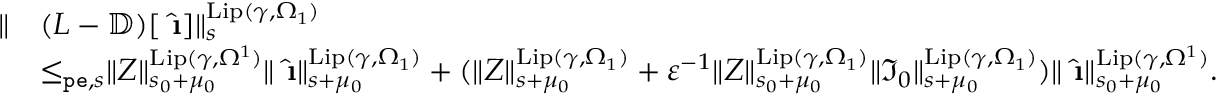
\begin{array} { r l } { \rVert } & { ( L - \mathbb { D } ) [ \hat { \textbf { \i } } ] \rVert _ { s } ^ { \mathrm { L i p } ( \gamma , \Omega _ { 1 } ) } } \\ & { \le _ { \mathtt { p e } , s } \rVert Z \rVert _ { s _ { 0 } + \mu _ { 0 } } ^ { \mathrm { L i p } ( \gamma , \Omega ^ { 1 } ) } \rVert \hat { \textbf { \i } } \rVert _ { s + \mu _ { 0 } } ^ { \mathrm { L i p } ( \gamma , \Omega _ { 1 } ) } + ( \rVert Z \rVert _ { s + \mu _ { 0 } } ^ { \mathrm { L i p } ( \gamma , \Omega _ { 1 } ) } + \varepsilon ^ { - 1 } \rVert Z \rVert _ { s _ { 0 } + \mu _ { 0 } } ^ { \mathrm { L i p } ( \gamma , \Omega _ { 1 } ) } \rVert \mathfrak { I } _ { 0 } \rVert _ { s + \mu _ { 0 } } ^ { \mathrm { L i p } ( \gamma , \Omega _ { 1 } ) } ) \rVert \hat { \textbf { \i } } \rVert _ { s _ { 0 } + \mu _ { 0 } } ^ { \mathrm { L i p } ( \gamma , \Omega ^ { 1 } ) } . } \end{array}